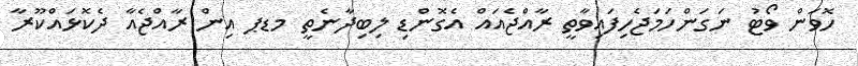
ހޮވަން ވޯޓު ނަގަންހަމަޖެހިފައިވާތީ ރާއްޖެއައް އެގޮންޑި ލިބިދާނެތީ މޑޕ އިން ރާއްޖެއާ ދެކޮޅައްކޫރާ